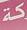
v